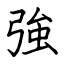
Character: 強